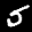
Label: 5